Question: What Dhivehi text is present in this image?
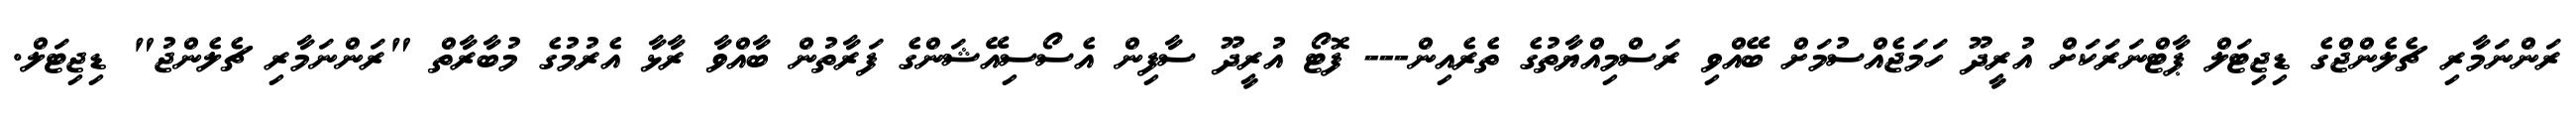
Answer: ރަންނަމާރި ޗެލެންޖްގެ ޑިޖިޓަލް ޕާޓްނަރަކަށް އުރީދޫ ހަމަޖެއްސުމަށް ބޭއްވި ރަސްމިއްޔާތުގެ ތެރެއިން--- ފޮޓޯ އުރީދޫ ސާފިން އެސޯސިއޭޝަންގެ ފަރާތުން ބާއްވާ ރާޅާ އެރުމުގެ މުބާރާތް "ރަންނަމާރި ޗެލެންޖު" ޑިޖިޓަލް.